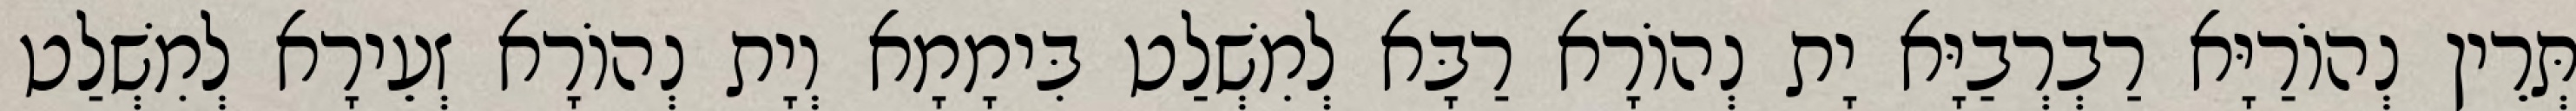
תְּרֵין נְהוֹרַיָּא רַבְרְבַיָּא יָת נְהוֹרָא רַבָּא לְמִשְׁלַט בִּימָמָא וְיָת נְהוֹרָא זְעֵירָא לְמִשְׁלַט